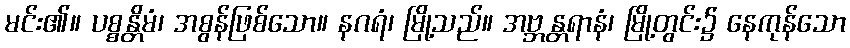
မင်း၏။ ပစ္စန္တိမံ၊ အစွန်ဖြစ်သော။ နဂရံ၊ မြို့သည်။ အဗ္ဘန္တရာနံ၊ မြို့တွင်း၌ နေကုန်သော